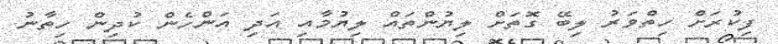
ފިކުރަށް ހިތްވަރު ލިބޭ ގޮތަށް ލިޔުންތައް ލިޔުމާއި އަދި އަންހެން ކުދިން ހިތާނު